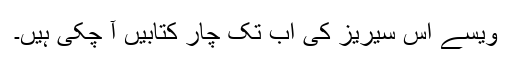
ویسے اس سیریز کی اب تک چار کتابیں آ چکی ہیں۔